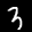
Label: 3